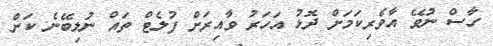
ހާސް ނުވޭ އާވެރިކަމަށް ދޮޅު އަހަރު ވާއިރަށް ފުލެޓް ތައް ނުލިބޭނެ ކަން